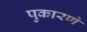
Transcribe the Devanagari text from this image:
पुकारणे